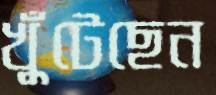
খুঁটেছেন